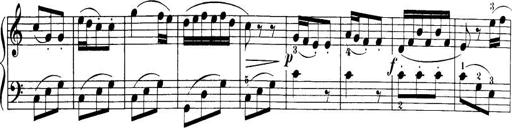
Title: 32 Sonatinas and Rondos for the Piano
Composer: Richard Kleinmichel